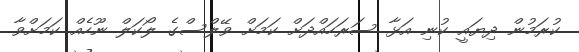
ކުރަމުން ދިޔައީ ކުނި އަޅާ ސަރަހައްދަށް ކަމަށް ވޭލްސްގެ ލޯކަލް ނޫހެއް ކަމަށްވާ